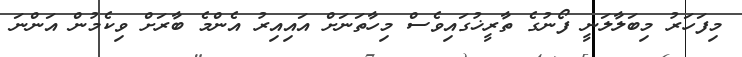
މިފަހަރު މިބަލާލަނީ ފޯނުގެ ތާރީޚުގައިވެސް މިހާތަނަށް އައިއިރު އެންމެ ބާރަށް ވިކެމުން އަންނަ